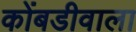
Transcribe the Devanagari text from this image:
कोंबडीवाला